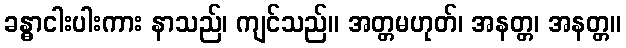
ခန္ဓာငါးပါးကား နာသည်၊ ကျင်သည်။ အတ္တမဟုတ်၊ အနတ္တ၊ အနတ္တ။